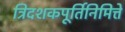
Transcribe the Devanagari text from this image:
त्रिदशकपूर्तिनिमित्ते